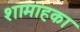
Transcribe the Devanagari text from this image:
शामाहका